Civil Veterinary Department. United Provinces 1912-22 - 1912-1922
Year: 1912
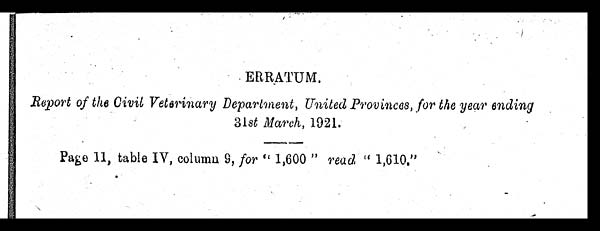
ERRATUM.
Report of the Civil Veterinary Department, United Provinces, for the year ending
31st March, 1921.
Page 11, table IV, columu 9, for "1,600" read "1,610."